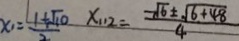
x _ { 1 } = \frac { 1 + \sqrt { 1 0 } } { 2 } x _ { 1 1 2 } = \frac { - \sqrt { 6 } \pm \sqrt { 6 + 4 8 } } { 4 }